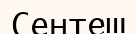
Сентеш